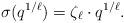
LaTeX: \begin{align*}\sigma(q^{1/\ell})=\zeta_{\ell}\cdot{}q^{1/\ell}.\end{align*}